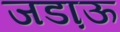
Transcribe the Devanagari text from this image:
जडा़ऊ